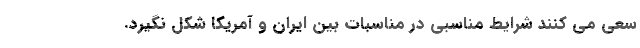
سعی می کنند شرایط مناسبی در مناسبات بین ایران و آمریکا شکل نگیرد.